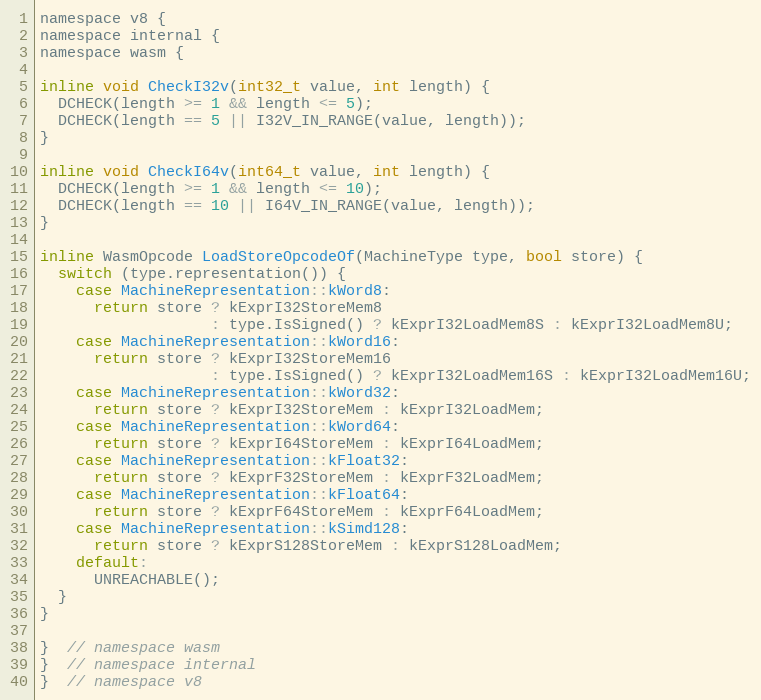
Language: C
namespace v8 {
namespace internal {
namespace wasm {

inline void CheckI32v(int32_t value, int length) {
  DCHECK(length >= 1 && length <= 5);
  DCHECK(length == 5 || I32V_IN_RANGE(value, length));
}

inline void CheckI64v(int64_t value, int length) {
  DCHECK(length >= 1 && length <= 10);
  DCHECK(length == 10 || I64V_IN_RANGE(value, length));
}

inline WasmOpcode LoadStoreOpcodeOf(MachineType type, bool store) {
  switch (type.representation()) {
    case MachineRepresentation::kWord8:
      return store ? kExprI32StoreMem8
                   : type.IsSigned() ? kExprI32LoadMem8S : kExprI32LoadMem8U;
    case MachineRepresentation::kWord16:
      return store ? kExprI32StoreMem16
                   : type.IsSigned() ? kExprI32LoadMem16S : kExprI32LoadMem16U;
    case MachineRepresentation::kWord32:
      return store ? kExprI32StoreMem : kExprI32LoadMem;
    case MachineRepresentation::kWord64:
      return store ? kExprI64StoreMem : kExprI64LoadMem;
    case MachineRepresentation::kFloat32:
      return store ? kExprF32StoreMem : kExprF32LoadMem;
    case MachineRepresentation::kFloat64:
      return store ? kExprF64StoreMem : kExprF64LoadMem;
    case MachineRepresentation::kSimd128:
      return store ? kExprS128StoreMem : kExprS128LoadMem;
    default:
      UNREACHABLE();
  }
}

}  // namespace wasm
}  // namespace internal
}  // namespace v8